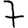
Digit: 7